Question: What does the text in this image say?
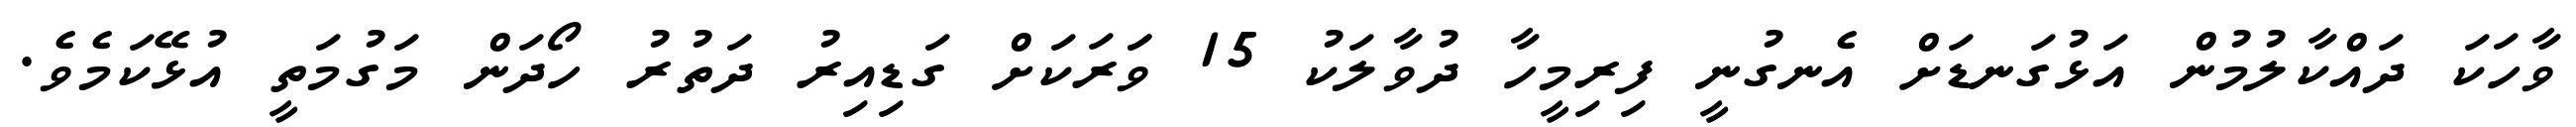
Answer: ވާހަކަ ދައްކާލުމުން އަޅުގަނޑަށް އެނގުނީ ފިރިމީހާ ދުވާލަކު 15 ވަަރަކަށް ގަޑިއިރު ދަތުރު ހޯދަން މަގުމަތީ އުޅޭކަމެވެ.